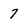
Character: 7